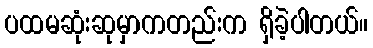
ပထမဆုံးဆုမှာကတည်းက ရှိခဲ့ပါတယ်။